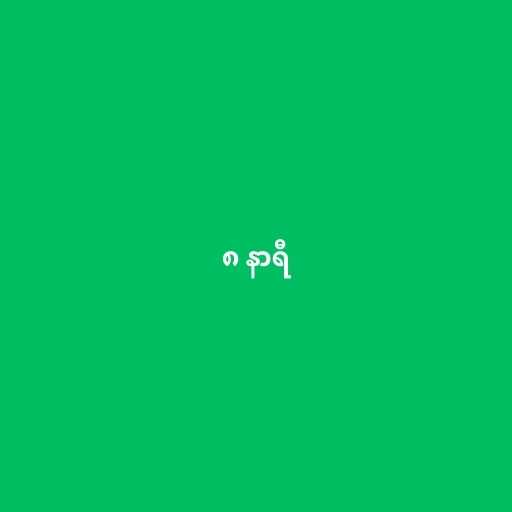
၈ နာရီ